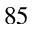
^ { 8 5 }